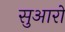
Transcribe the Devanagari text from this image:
सुआरों